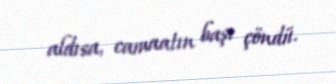
aldısa, camaatın başı çöndü.